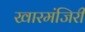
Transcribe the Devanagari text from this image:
खारमंजिरी